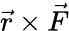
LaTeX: {\vec{r}}\times{\vec{F}}